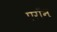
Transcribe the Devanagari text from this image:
एराॅन